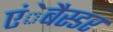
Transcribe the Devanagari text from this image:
एंेबैस्डर